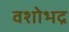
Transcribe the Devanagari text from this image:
वशोभद्र